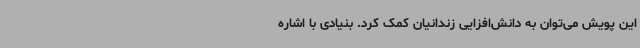
این پویش می‌توان به دانش‌افزایی زندانیان کمک کرد. بنیادی با اشاره